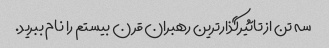
سه تن از تاثیرگذارترین رهبران قرن بیستم را نام ببرید.